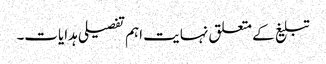
تبلیغ کے متعلق نہایت اہم تفصیلی ہدایات۔